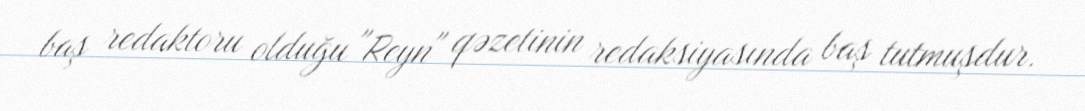
baş redaktoru olduğu "Reyn" qəzetinin redaksiyasında baş tutmuşdur.